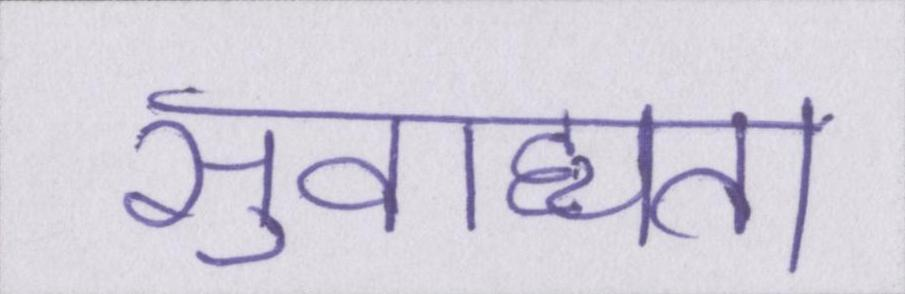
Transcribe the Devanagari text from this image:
सुवाह्यता